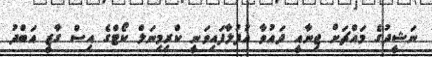
ނަޝީދުގެ މައްޗަށް ޖިނާއީ ދައުވާ އުފުލާފައިވަނީ ކްރިމިނަލް ކޯޓްގެ އިސް ގާޒީ އަބްދު